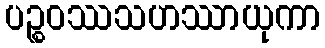
ပဉ္စဝဿသဟဿာယုကာ